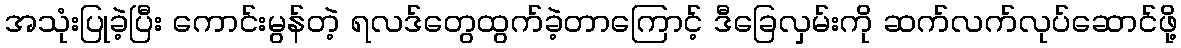
အသုံးပြုခဲ့ပြီး ကောင်းမွန်တဲ့ ရလဒ်တွေထွက်ခဲ့တာကြောင့် ဒီခြေလှမ်းကို ဆက်လက်လုပ်ဆောင်ဖို့